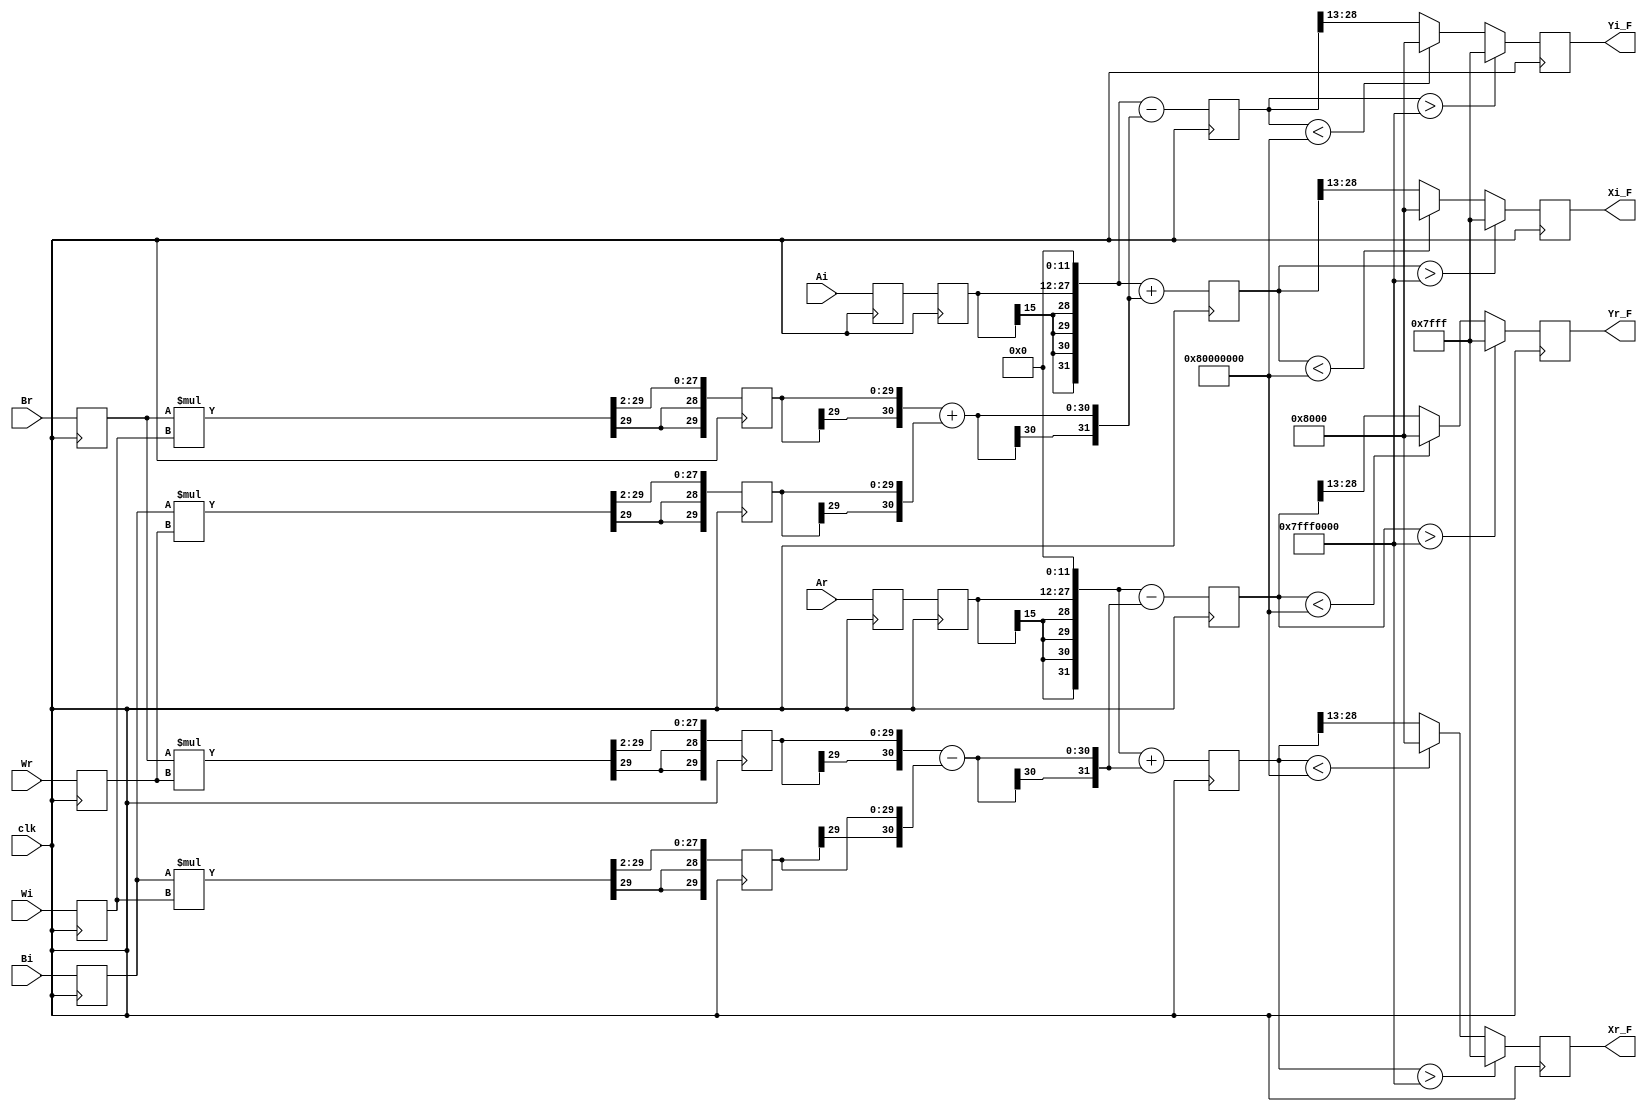
//////////////////////////////////////////////////////////////////////////////////
// Design Name: Fast Fourier Transform (16-point) 
// Module Name:    butterfly 
// Project Name: Fast Fourier Transform (16-point)
//////////////////////////////////////////////////////////////////////////////////


module butterfly #(
   parameter NBITS = 16
)(
   input wire                    clk,
   input wire signed [NBITS-1:0] Ar,
   input wire signed [NBITS-1:0] Ai,
   input wire signed [NBITS-1:0] Br,
   input wire signed [NBITS-1:0] Bi,
   input wire signed [NBITS-1:0] Wr,
   input wire signed [NBITS-1:0] Wi,
   output reg signed [NBITS-1:0] Xr_F,
   output reg signed [NBITS-1:0] Xi_F,
   output reg signed [NBITS-1:0] Yr_F,
   output reg signed [NBITS-1:0] Yi_F
);

   /****************************************************************************
    * Internal Signals
    ***************************************************************************/

   // Registered input values.
   // These are in 8.8 format.
   reg signed [NBITS-1:0] Ar_F;
   reg signed [NBITS-1:0] Ai_F;
   reg signed [NBITS-1:0] Br_F;
   reg signed [NBITS-1:0] Bi_F;
   reg signed [NBITS-1:0] Wr_F;
   reg signed [NBITS-1:0] Wi_F;

   // Re-registered A values.
   // These are in 8.8 format.
   reg signed [NBITS-1:0] Ar_Fd2;
   reg signed [NBITS-1:0] Ai_Fd2;

   // Intermediate values used to store the product of B and W.
   // The output of the multiply is 10.22 format.
   // These are in 10.20 format because the final two bits are truncated.
   reg signed [NBITS*2-3:0] Zra_F;
   reg signed [NBITS*2-3:0] Zrb_F;
   reg signed [NBITS*2-3:0] Zia_F;
   reg signed [NBITS*2-3:0] Zib_F;

   // Intermediate values used to store partial output sums.
   // These are in 11.20 format.
   reg signed [NBITS*2-2:0] Zrsub;
   reg signed [NBITS*2-2:0] Ziadd;

   // Intermediate values used to store the pre-saturated X and Y values.
   // These are in 12.20 format.
   reg signed [NBITS*2-1:0] Xr_full_F;
   reg signed [NBITS*2-1:0] Xi_full_F;
   reg signed [NBITS*2-1:0] Yr_full_F;
   reg signed [NBITS*2-1:0] Yi_full_F;

   /****************************************************************************
    * Data Path
    ***************************************************************************/

   always @(*) begin

      // Compute the first portion of the X and Y outputs.
      Zrsub = ({Zra_F[29], Zra_F} - {Zrb_F[29], Zrb_F});
      Ziadd = ({Zia_F[29], Zia_F} + {Zib_F[29], Zib_F});

   end

   always @(posedge clk) begin

      // Register the inputs.
      Ar_F <= Ar;
      Ai_F <= Ai;
      Br_F <= Br;
      Bi_F <= Bi;
      Wr_F <= Wr;
      Wi_F <= Wi;

      // Re-register the A inputs.
      Ar_Fd2 <= Ar_F;
      Ai_Fd2 <= Ai_F;

      // Register the outputs of the multipliers. Also truncate the last two
      // bits to help meet timing.
      Zra_F <= (Br_F * Wr_F) >>> 2;
      Zrb_F <= (Bi_F * Wi_F) >>> 2;
      Zia_F <= (Br_F * Wi_F) >>> 2;
      Zib_F <= (Bi_F * Wr_F) >>> 2;

      // Compute the X and Y outputs.
      Xr_full_F <= { {4{Ar_Fd2[15]}}, Ar_Fd2, {12{1'b0}} } + {Zrsub[30], Zrsub};
      Xi_full_F <= { {4{Ai_Fd2[15]}}, Ai_Fd2, {12{1'b0}} } + {Ziadd[30], Ziadd};
      Yr_full_F <= { {4{Ar_Fd2[15]}}, Ar_Fd2, {12{1'b0}} } - {Zrsub[30], Zrsub};
      Yi_full_F <= { {4{Ai_Fd2[15]}}, Ai_Fd2, {12{1'b0}} } - {Ziadd[30], Ziadd};

      // Saturate and truncate to get the final output values. In the first
      // stage, the output of saturate() will be a 9.7 format number; in the
      // second, third, and fourth stages, the output will be a 10.6, 11.5, and
      // 12.4 format number, respectively. This gradual format change prevents
      // the output from saturating unnecessarily.
      Xr_F <= saturate(Xr_full_F);
      Xi_F <= saturate(Xi_full_F);
      Yr_F <= saturate(Yr_full_F);
      Yi_F <= saturate(Yi_full_F);

   end

   /****************************************************************************
    * Functions
    ***************************************************************************/

   function signed [15:0] saturate(
      input signed [31:0] value
   );

      // If the value is greater than the largest positive number that can be
      // represented by a 12.4 format number, saturate positive.
      if (value > $signed(32'h7fff0000))
         saturate = 16'h7fff;

      // If the value is smaller than the smallest negative number that can be
      // represented by a 12.4 format number, saturate negative.
      else if (value < $signed(32'h80000000))
         saturate = 16'h8000;

      // Otherwise, return the value. This select also changes the number
      // format, shifting the decimal point to the right by one place.
      else
         saturate = value[28:13];

   endfunction

endmodule